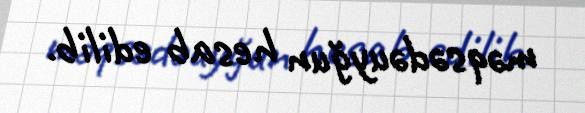
məqsədəuyğun hesab edilib.